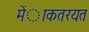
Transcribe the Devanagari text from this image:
मेंाकतरयत